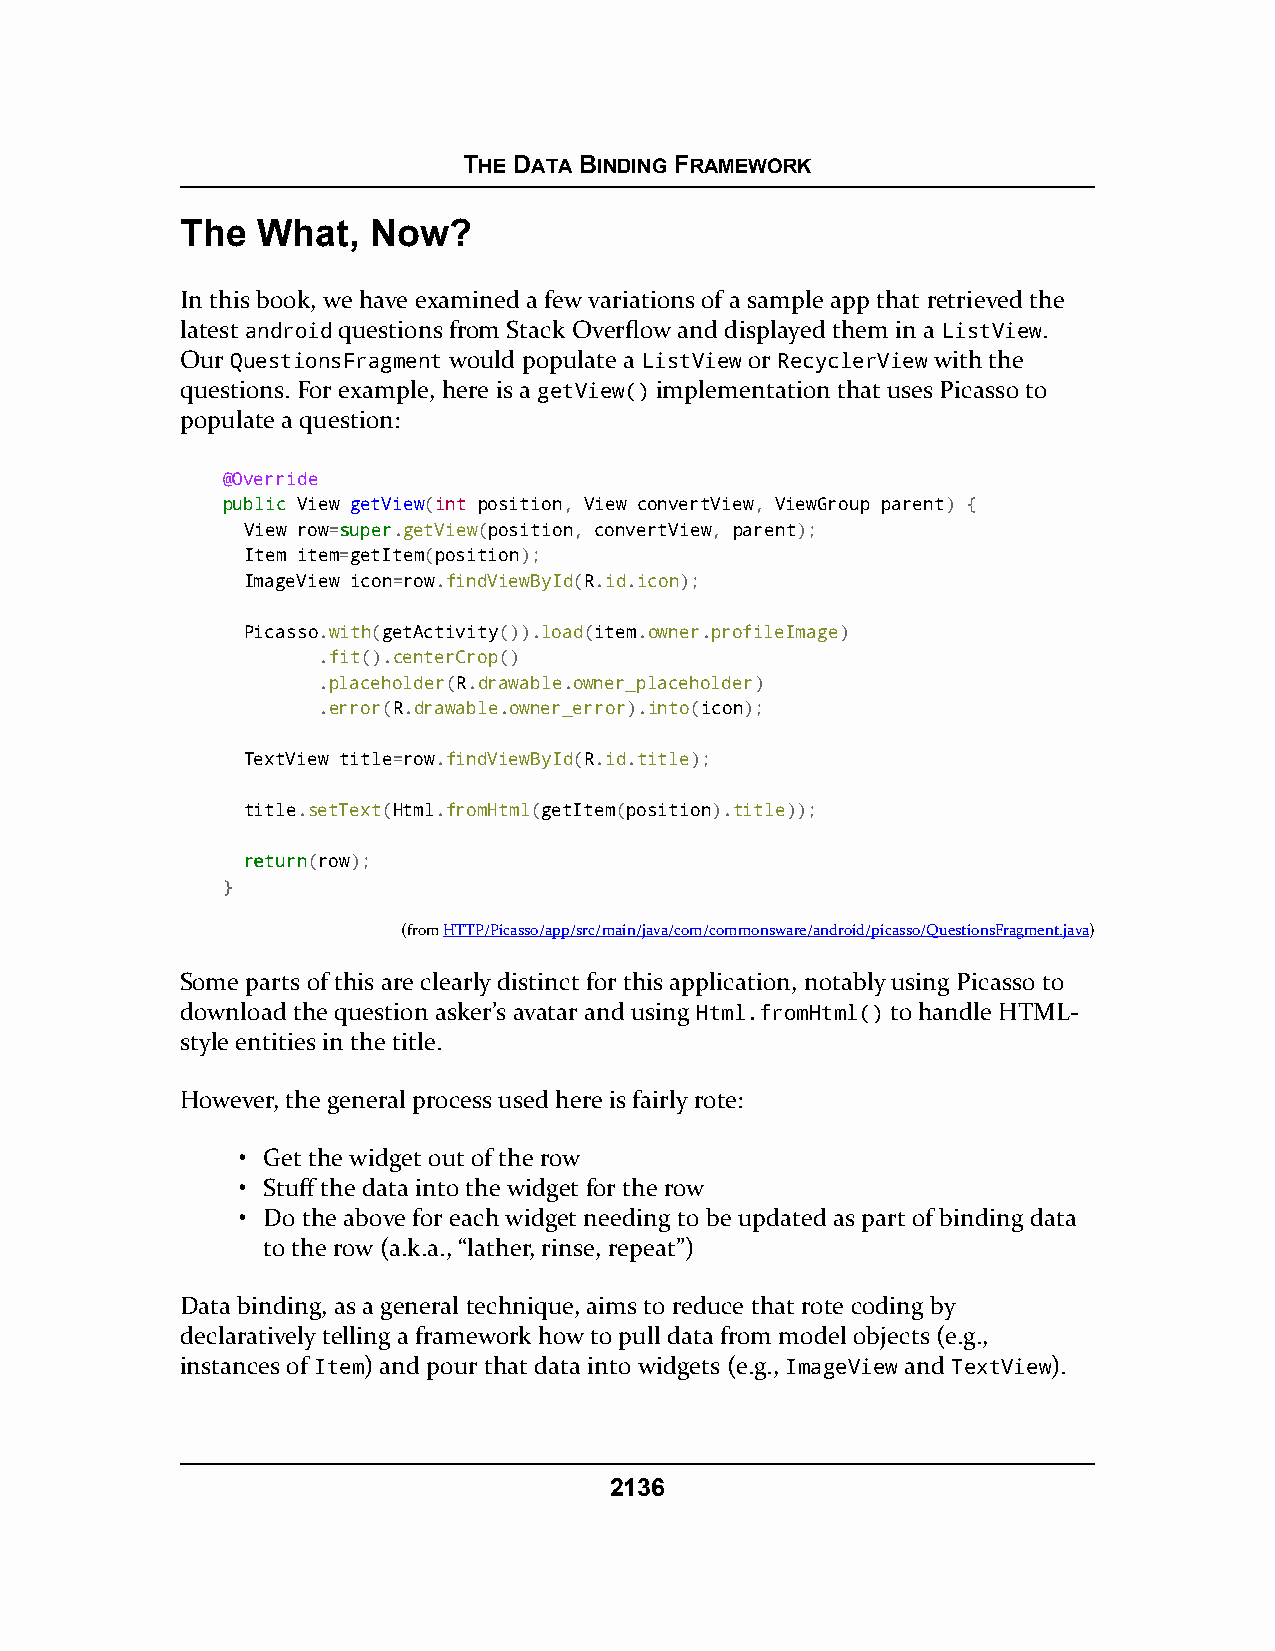
THE DATA BINDING FRAMEWORK
 The  What,  Now?
 In this book, we have examined a few variations of a sample app that retrieved the
 latest android questions from Stack Overflow and displayed them in a ListView.
 Our QuestionsFragment would populate a ListView or RecyclerView with the
 questions. For example, here is a getView() implementation that uses Picasso to
 populate a question:
 @Override
 ppuubblliicc View getView(int position, View convertView, ViewGroup parent) {
 View row=ssuuppeerr.getView(position, convertView, parent);
 Item item=getItem(position);
 ImageView icon=row.findViewById(R.id.icon);
 Picasso.with(getActivity()).load(item.owner.profileImage)
 .fit().centerCrop()
 .placeholder(R.drawable.owner_placeholder)
 .error(R.drawable.owner_error).into(icon);
 TextView title=row.findViewById(R.id.title);
 title.setText(Html.fromHtml(getItem(position).title));
 rreettuurrnn(row);
 }
 (fromHTTP/Picasso/app/src/main/java/com/commonsware/android/picasso/QuestionsFragment.java)
 Some parts of this are clearly distinct for this application, notably using Picasso to
 download the question asker’s avatar and using Html.fromHtml() to handle HTML-
 style entities in the title.
 However, the general process used here is fairly rote:
 • Get the widget out of the row
 • Stuff the data into the widget for the row
 • Do the above for each widget needing to be updated as part of binding data
 to the row (a.k.a., “lather, rinse, repeat”)
 Data binding, as a general technique, aims to reduce that rote coding by
 declaratively telling a framework how to pull data from model objects (e.g.,
 instances of Item) and pour that data into widgets (e.g., ImageView and TextView).
 2136